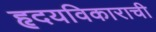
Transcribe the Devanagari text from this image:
हृदयविकाराची